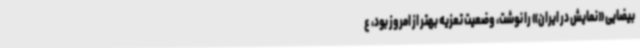
بیضایی «نمایش در ایران» را نوشت، وضعیت تعزیه بهتر از امروز بود، ع